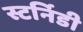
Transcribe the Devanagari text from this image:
स्टर्निडी